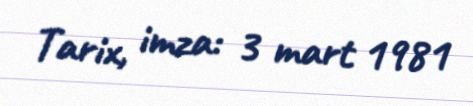
Tarix, imza: 3 mart 1981